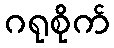
ဂရုစိုက်